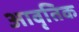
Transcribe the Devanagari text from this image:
आवृतिक